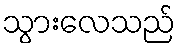
သွားလေသည်